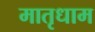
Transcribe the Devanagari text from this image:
मातृधाम